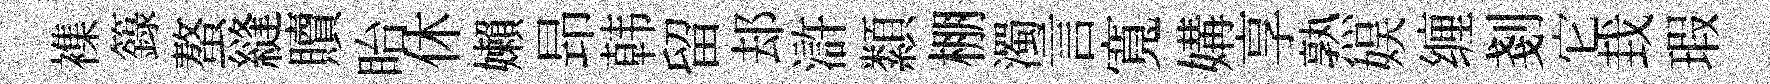
襍籙螯縫贖眙休嬾昻韩留𨚫滸纇棚濁言寬媾享熟娱缠剗它㘽瑕